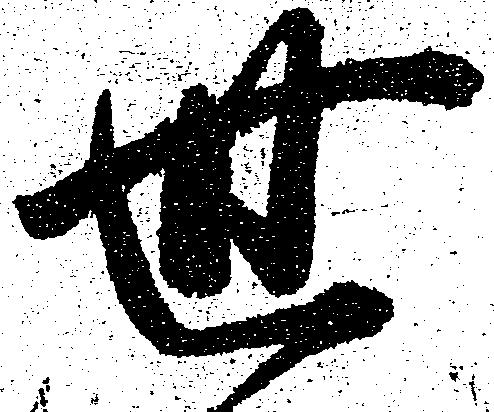
世